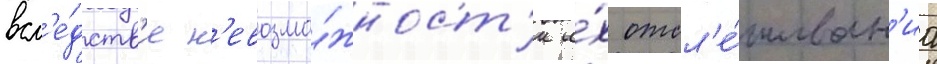
всл'е́дств'ие н'евозмо́жност'и и́х отсл'е́живан'иа